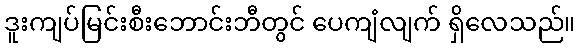
ဒူးကျပ်မြင်းစီးဘောင်းဘီတွင် ပေကျံလျက် ရှိလေသည်။